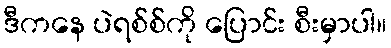
ဒီကနေ ပဲရစ်စ်ကို ပြောင်း စီးမှာပါ။